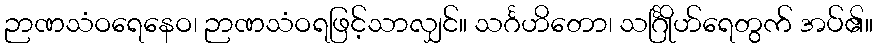
ဉာဏသံဝရေနေဝ၊ ဉာဏသံဝရဖြင့်သာလျှင်။ သင်္ဂဟိတော၊ သင်္ဂြိုဟ်ရေတွက် အပ်၏။